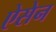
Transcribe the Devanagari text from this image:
ऐसेन